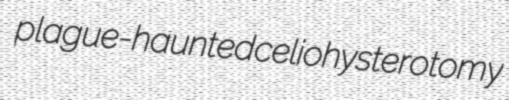
plague-haunted celiohysterotomy